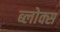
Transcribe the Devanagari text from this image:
ब्लोक्स